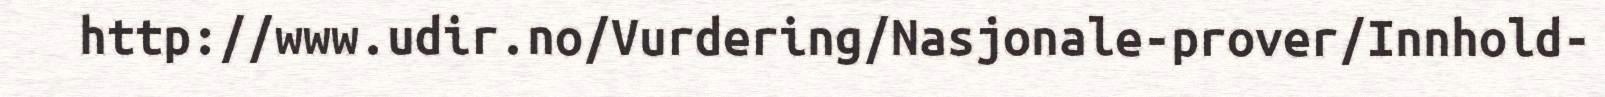
http://www.udir.no/Vurdering/Nasjonale-prover/Innhold-